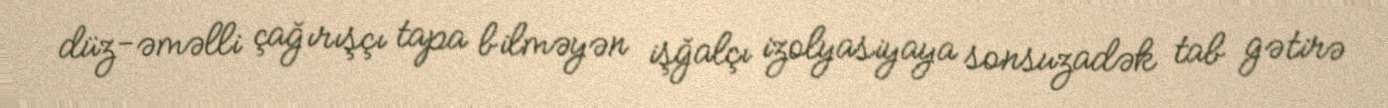
düz-əməlli çağırışçı tapa bilməyən işğalçı izolyasiyaya sonsuzadək tab gətirə